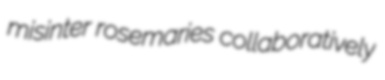
misinter rosemaries collaboratively